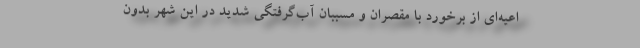
اعیه‌ای از برخورد با مقصران و مسببان آب‌گرفتگی شدید در این شهر بدون